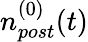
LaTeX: n_{post}^{(0)}(t)